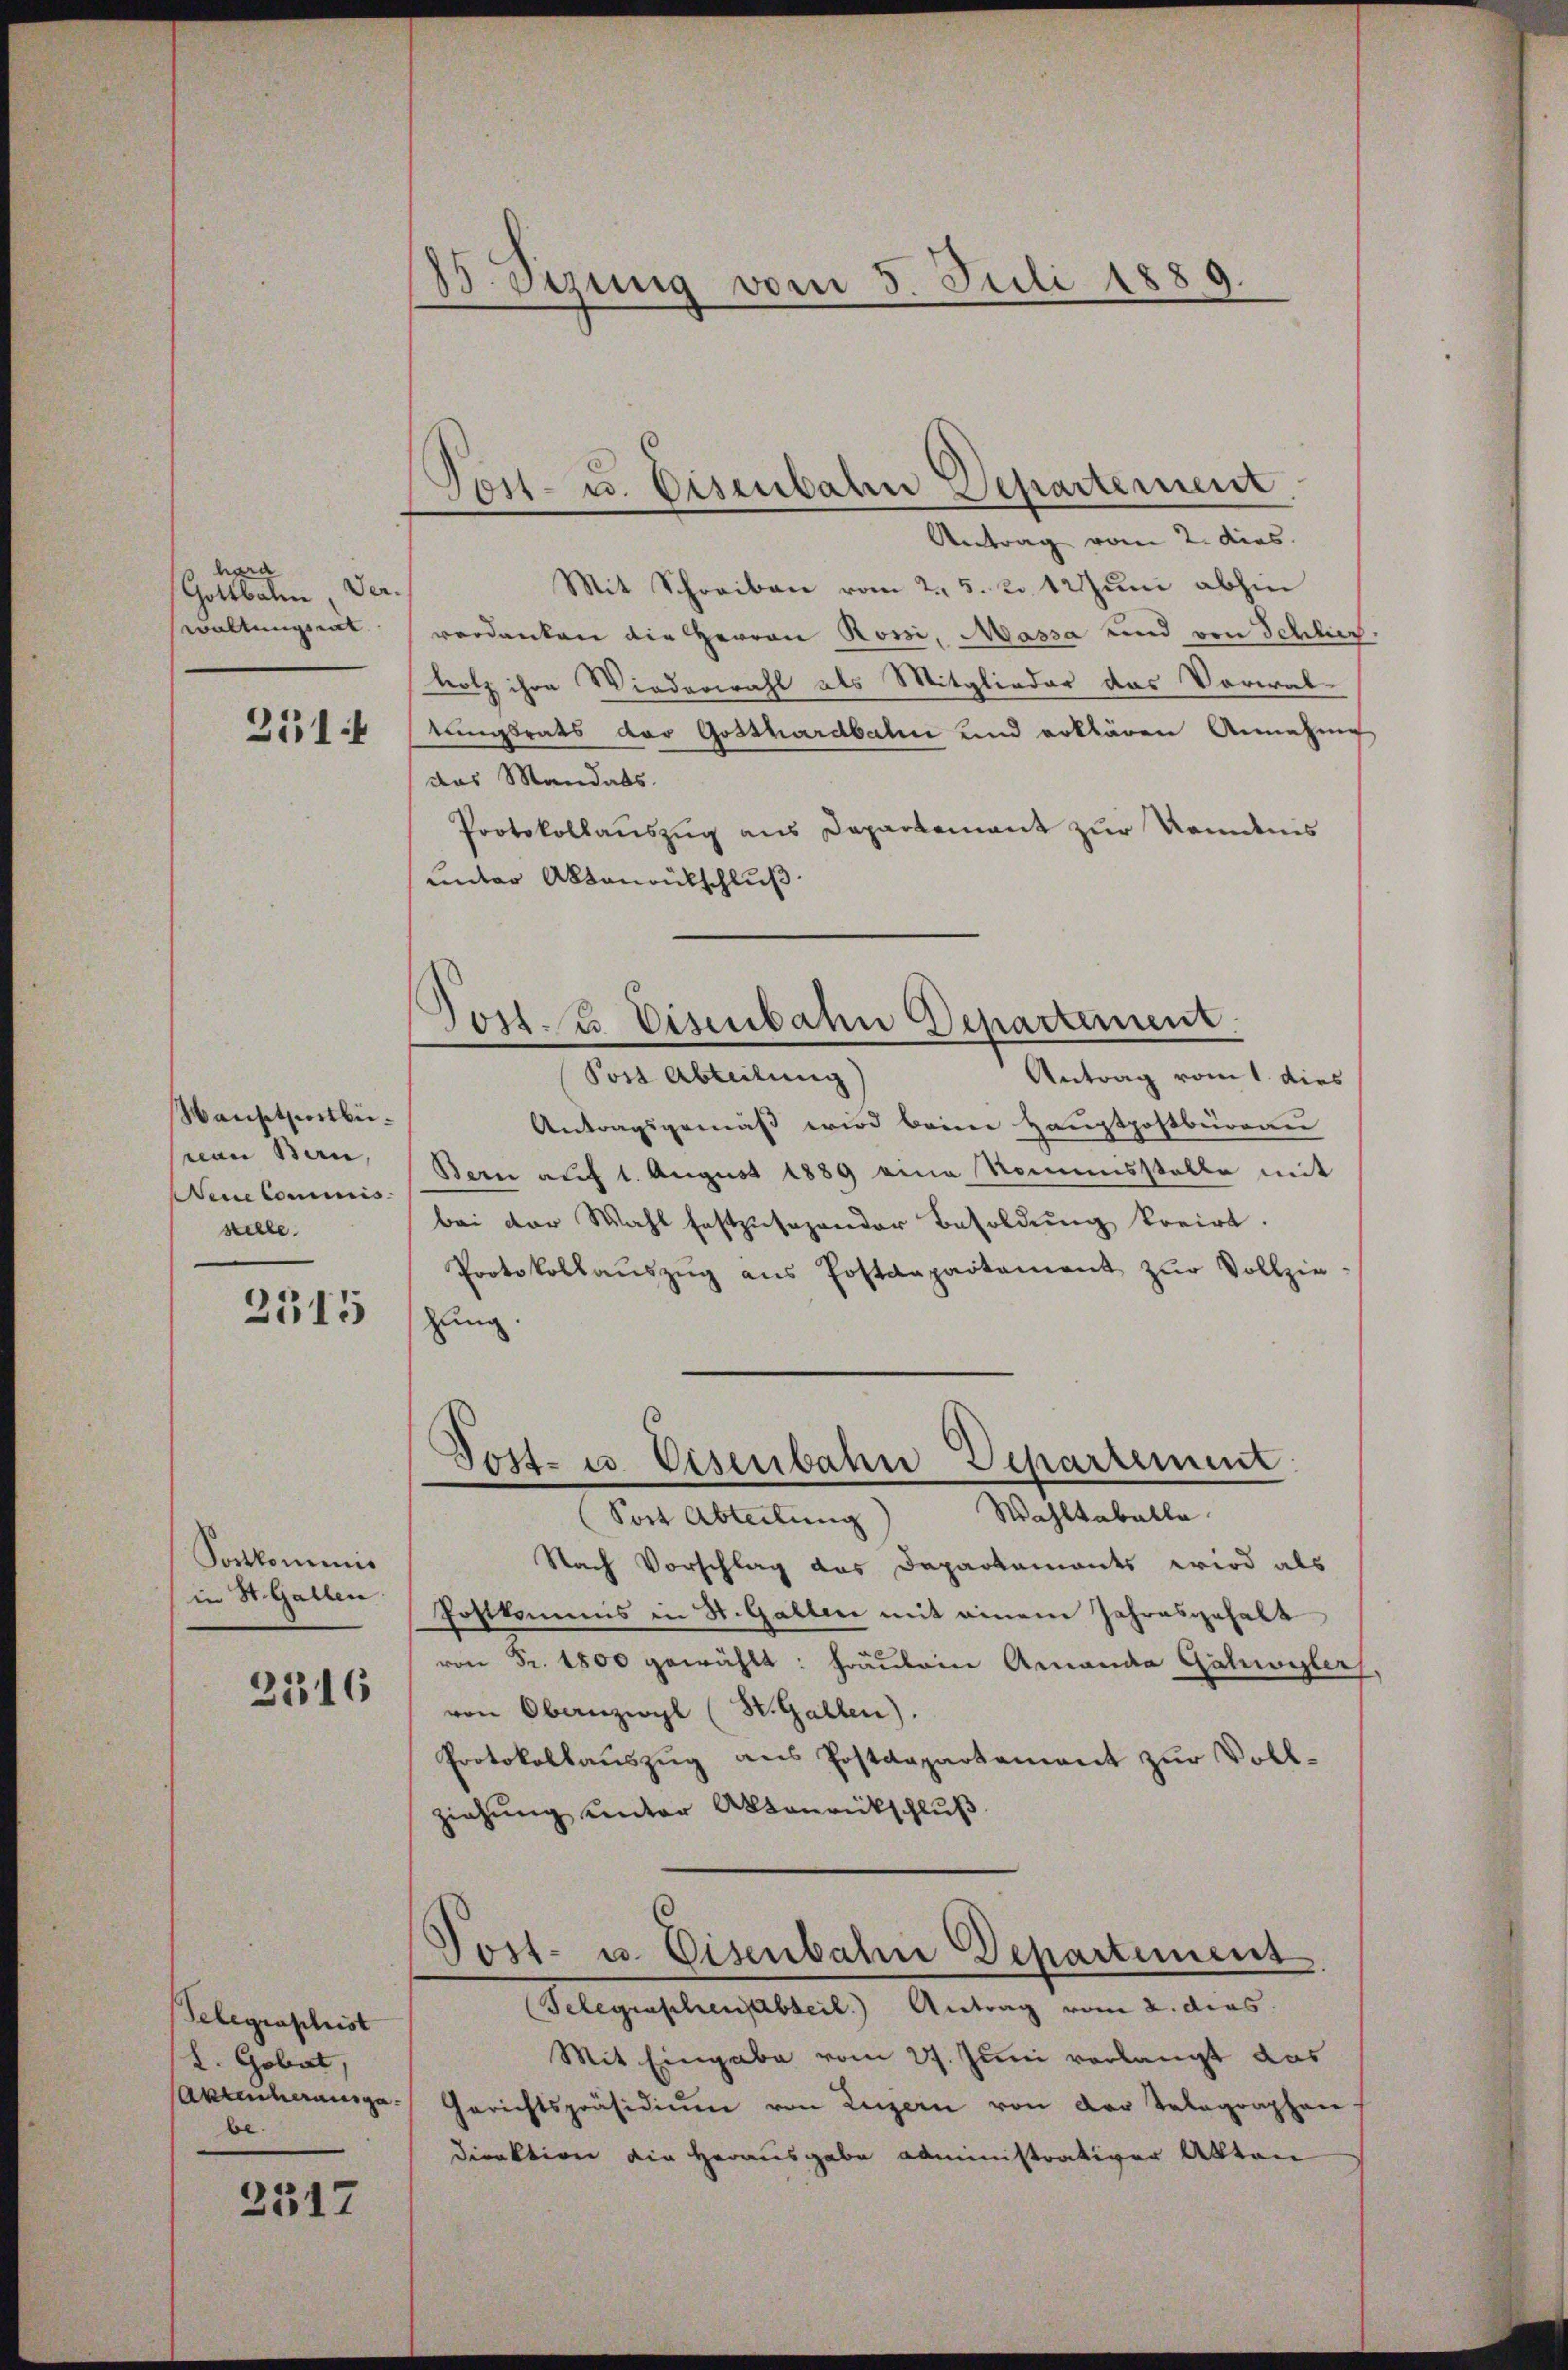
hara
Gottbalen Verwaltungsmit
251 f

Wansetzestbemon Bau,
Neue Cominis
stelle

2315

Porkommnis
in St. Gallen

2316

Gelegraschist
L. Gobat,
Akten herausgebe.

2517

83. Sizung vom 5. Juli 1889.

Antrag vom 2. dies
Mit Schreiben vom 25. 2. 12 Juni abhin
verdanken die Herren Rossi, Massa und von Schlus
Hotz ihre Wiederwahl als Mitglieder das Vorwaltungsrats der Gosshardbahn und erklären Annehme
das Mandats.
Protokollauszug aus Departement zur Romanis
unter Aktenrütschluß

Tost- u. Eisenbahn Departement.

Joss. E. Eisenbahn Departement

Post- u. Eisenbahn Departement

Post Abteilung
Antrag vom 1. dies
Antragsgemäß wird beim Hauptpostbüreau
Bern auf 1. August 1889 eine Nomisstelle mit
bei der Wahl festzusehender Besoldung kreirt.
Protokollaŭszŭg ans Postdepartament zŭr Vollzie
zung.
Wahltabelle
(Sont Abteilung
Nach Vorschlag das Departements wird als
Postkamms in St. Gallen mit einem Jahresgehalt
von Fr. 1800 gewählt: Fräulein Ammanda Gahwyler
von Obernzwyl (St. Gallen).
Protokollauszug aus Postdepartement zur Voll-
ziehung unter Aktenrückschluß

Tost- u. Eisenbahne Departement
(Telegraschen Abteil. Antrag vom 2. dies

Mit Eingabe vom 27. Juni verlangt das
Gerichtspräsidiŭm von Luzern von der Telegraphen
direktion die Herausgabe administrativer Akten